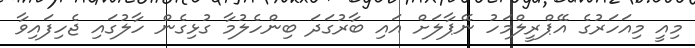
މިއީ މިއަހަރުގެ އޭޕްރީލްމަހު ނޭޕާލަށް އައި ބާރުގަދަ ބިންހެލުމާ ގުޅިގެން ހާލުގައި ޖެހިފައިވާ